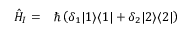
\begin{array} { r l } { \hat { H } _ { I } = } & { { } \hbar \left( \delta _ { 1 } | 1 \rangle \langle 1 | + \delta _ { 2 } | 2 \rangle \langle 2 | \right) } \end{array}